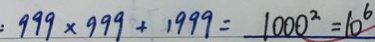
: 9 9 9 \times 9 9 9 + 1 9 9 9 = 1 0 0 0 ^ { 2 } = 1 0 ^ { 6 }